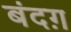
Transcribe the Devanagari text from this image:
बंदग़